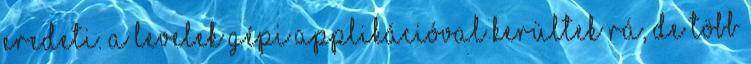
eredeti. A levelek gépi applikációval kerültek rá, de több